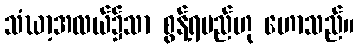
သံဃာ့အလယ်၌သာ စွန့်ရမည်ဟု ဟောသည်။